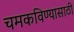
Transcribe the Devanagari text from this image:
चमकविण्यासाठी